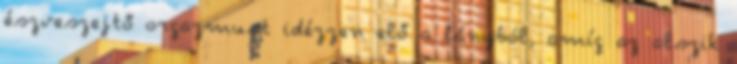
észveszejtő orgazmust idézzen elő a lányból, amíg az alszik